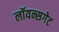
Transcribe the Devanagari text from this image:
लॉयन्सगेट